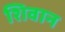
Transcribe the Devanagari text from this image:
शिवान